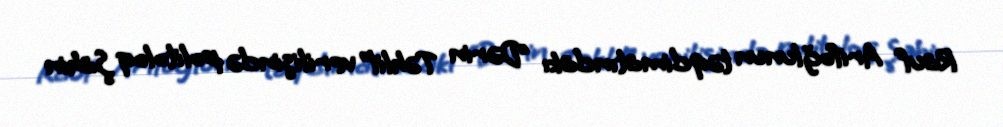
Rauf Arifoğlunun təqdimatındakı “Dərin Təhlil” verilişində politoloq Şahin